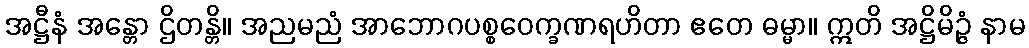
အဋ္ဌီနံ အန္တော ဌိတန္တိ။ အညမညံ အာဘောဂပစ္စဝေက္ခဏရဟိတာ ဧတေ ဓမ္မာ။ ဣတိ အဋ္ဌိမိဉ္ဇံ နာမ